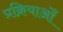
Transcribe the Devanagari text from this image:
प्रक्रियाओँ